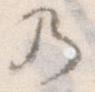
の